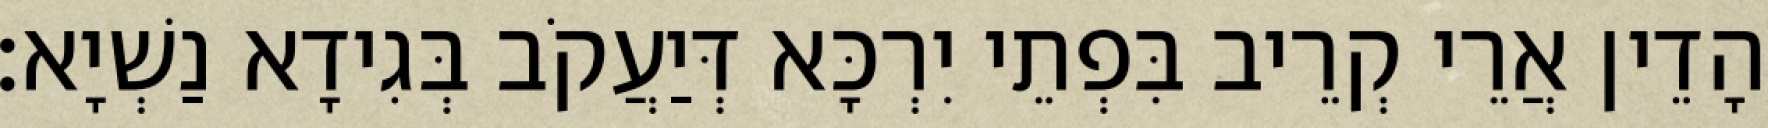
הָדֵין אֲרֵי קְרֵיב בִּפְתֵי יִרְכָּא דְּיַעֲקֹב בְּגִידָא נַשְׁיָא׃